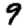
Digit: 9